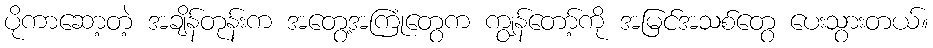
ပိုကာဆော့တဲ့ အချိန်တုန်းက အတွေ့အကြုံတွေက ကျွန်တော့်ကို အမြင်အသစ်တွေ ပေးသွားတယ်။